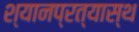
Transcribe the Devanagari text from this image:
श्यानप्रत्यास्थ